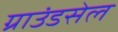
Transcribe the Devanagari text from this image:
ग्राउंडसेल